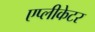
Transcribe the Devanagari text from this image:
एप्लीकेटर